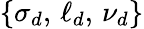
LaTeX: \{ \sigma_{d},\, \ell_{d},\, \nu_{d}\}